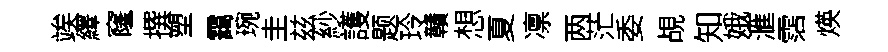
竢繹窿撰塑靄琬圭兹紗護题玲贛想夏凛两茫委覘知娥滙霑煐